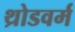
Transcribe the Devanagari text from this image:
थ्रोडवर्म